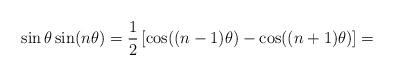
LaTeX: \begin{align*} \sin\theta\sin(n\theta)=\frac{1}{2}\left[\cos((n-1)\theta)-\cos((n+1)\theta) \right]=\end{align*}